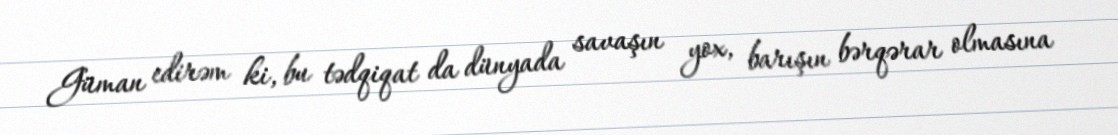
Güman edirəm ki, bu tədqiqat da dünyada savaşın yox, barışın bərqərar olmasına